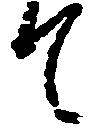
て